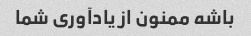
باشه ممنون از یادآوری شما